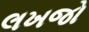
લખજો